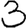
Digit: 3